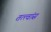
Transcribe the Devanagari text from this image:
तत्त्वांस